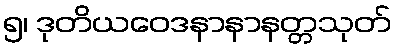
၅၊ ဒုတိယဝေဒနာနာနတ္တသုတ်